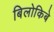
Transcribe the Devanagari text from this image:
बिलोकिबे